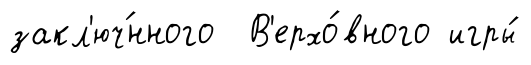
закл'юч́нного В'ерхо́вного игры́